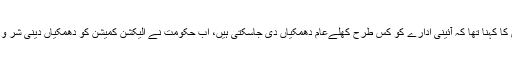
فواد چوہدری کا کہنا تھا کہ آئینی ادارے کو کس طرح کھلےعام دھمکیاں دی جاسکتی ہیں، اب حکومت نے الیکشن کمیشن کو دھمکیاں دینی شر وع کردی ہیں۔